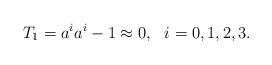
LaTeX: \begin{align*}T_1 = a^ia^i - 1 \approx 0, \,\,\,\, i=0,1,2,3.\end{align*}